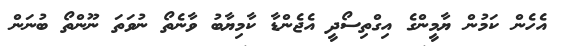
އެހެން ކަމުން ޔާމީންގެ އިގްތިސޯދީ އެޖެންޑާ ކާމިޔާބު ވާނެތޯ ނުވަތަ ނޫންތޯ ބުނަން